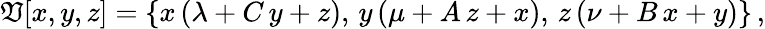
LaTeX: \mathfrak{V}[x,y,z]=\{ x\, (\lambda+C\, y+z),\, y\, (\mu+A\, z+x),\, z\, (\nu+B\, x+y)\} \, ,